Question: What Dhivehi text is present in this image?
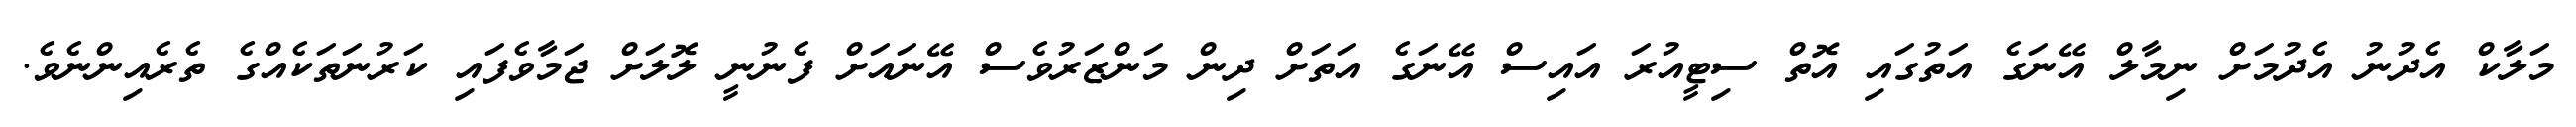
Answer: މަލާކް އެދުނު އެދުމަށް ނިމާލް އޭނަގެ އަތުގައި އޮތް ސިޓީއުރަ އައިސް އޭނަގެ އަތަށް ދިން މަންޒަރުވެސް އޭނައަށް ފެނުނީ ލޮލަށް ޖަމާވެފައި ކަރުނަތަކެއްގެ ތެރެއިންނެވެ.